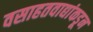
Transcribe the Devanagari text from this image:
वसाहतवाद्यांकडून